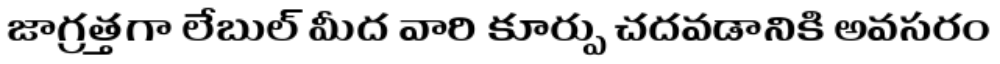
జాగ్రత్తగా లేబుల్ మీద వారి కూర్పు చదవడానికి అవసరం